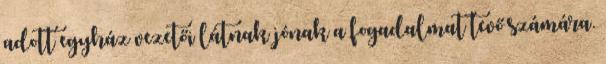
adott egyház vezetői látnak jónak a fogadalmat tevő számára.